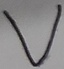
Text: V